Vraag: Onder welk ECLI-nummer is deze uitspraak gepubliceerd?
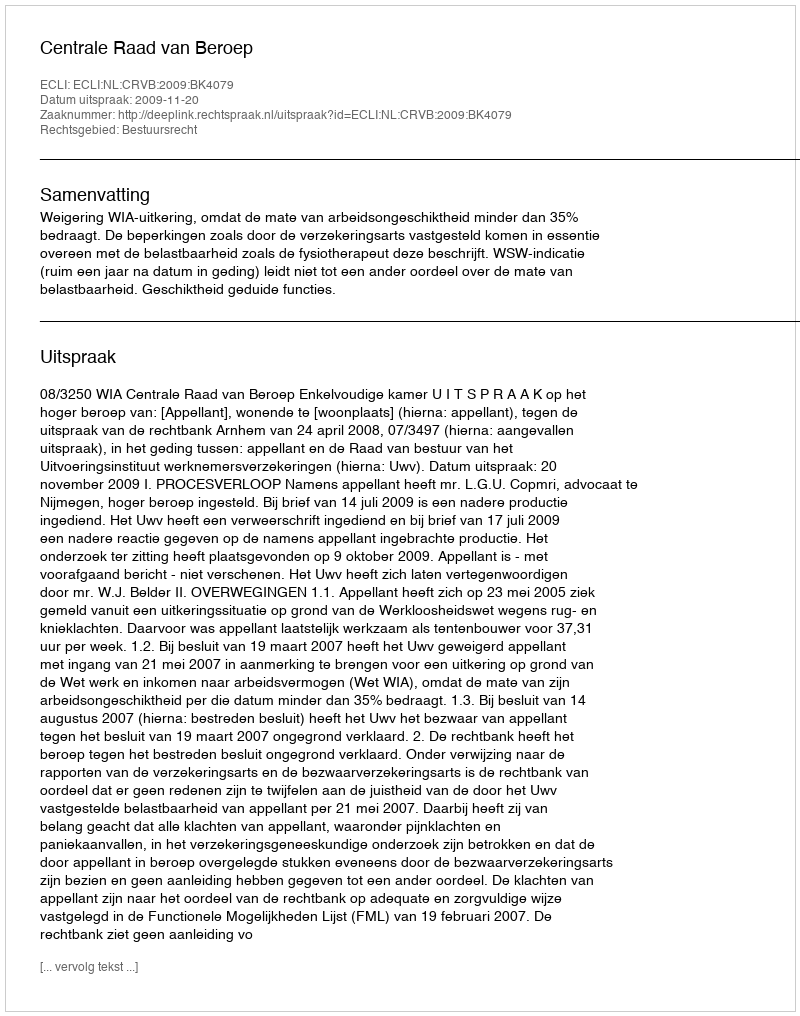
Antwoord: ECLI:NL:CRVB:2009:BK4079